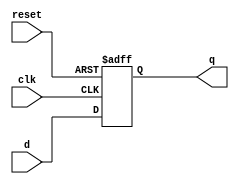
`timescale 1ns / 1ps

module d_ff(
    clk, reset, d, q
);

    input wire clk, reset;
    input wire d;
    output reg q;

    always @(posedge clk, posedge reset) 
    begin
        if (reset ==  1) 
            q <= 0;
        else
            q <= d;
    end

endmodule